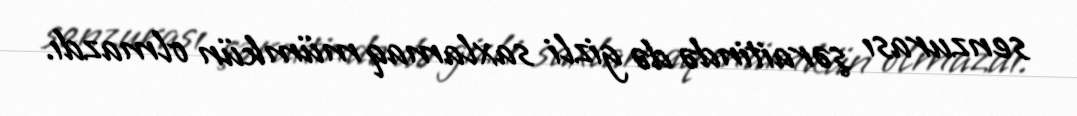
senzurası şəraitində də gizli saxlamaq mümkün olmazdı.